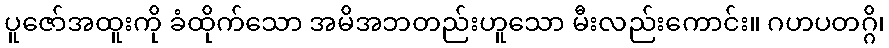
ပူဇော်အထူးကို ခံထိုက်သော အမိအဘတည်းဟူသော မီးလည်းကောင်း။ ဂဟပတဂ္ဂိ၊